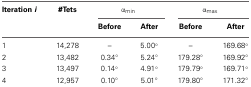
<table><thead><tr><td><b>Iteration <i>i</i></b></td><td><b>#Tets</b></td><td colspan="2"><b>α<sub>min</sub></b></td><td colspan="2"><b>α<sub>max</sub></b></td></tr><tr><td></td><td></td><td><b>Before</b></td><td><b>After</b></td><td><b>Before</b></td><td><b>After</b></td></tr></thead><tbody><tr><td>1</td><td>14,278</td><td>–</td><td>5.00°</td><td>–</td><td>169.68°</td></tr><tr><td>2</td><td>13,482</td><td>0.34°</td><td>5.24°</td><td>179.28°</td><td>169.92°</td></tr><tr><td>3</td><td>13,497</td><td>0.14°</td><td>4.91°</td><td>179.79°</td><td>169.71°</td></tr><tr><td>4</td><td>12,957</td><td>0.10°</td><td>5.01°</td><td>179.80°</td><td>171.32°</td></tr></tbody></table>